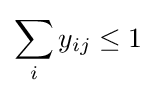
\sum _{i}y_{ij}\leq 1